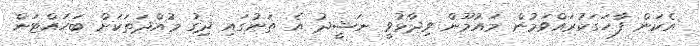
އެކަން ފާހަގަކުރައްވަމުން މައުމޫން ވިދާޅުވީ ނަޝީދު އެ ތަނުގައި ދިގު މުއްދަތަކަށް ބަހައްޓަން